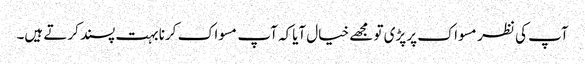
آپ کی نظر مسواک پر پڑی تو مجھے خیال آیاکہ آپ مسواک کرنا بہت پسند کرتے ہیں۔